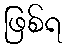
ဖြစ်ရ